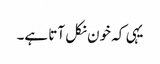
یہی کہ خون نکل آتا ہے۔